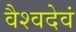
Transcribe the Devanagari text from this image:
वैश्वदेवं